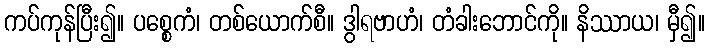
ကပ်ကုန်ပြီး၍။ ပစ္စေကံ၊ တစ်ယောက်စီ။ ဒွါရဗာဟံ၊ တံခါးဘောင်ကို။ နိဿာယ၊ မှီ၍။